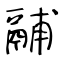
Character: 鬴